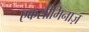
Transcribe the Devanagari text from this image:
एकसीमिनाज़